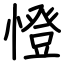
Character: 憕